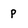
Character: P